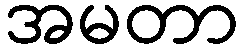
အမတာ